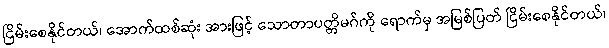
ငြိမ်းစေနိုင်တယ်၊ အောက်ထစ်ဆုံး အားဖြင့် သောတာပတ္တိမဂ်ကို ရောက်မှ အမြစ်ပြတ် ငြိမ်းစေနိုင်တယ်၊